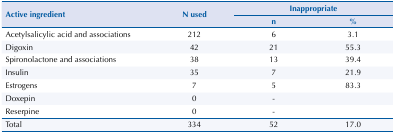
| <ROWSPAN=3> Active ingredient | <ROWSPAN=3> N used | <COLSPAN=2> Inappropriate |
 | n | % |
 | --- | --- | --- | --- |
 | Acetylsalicylic acid and associations | 212 | 6 | 3.1 |
 | Digoxin | 42 | 21 | 55.3 |
 | Spironolactone and associations | 38 | 13 | 39.4 |
 | Insulin | 35 | 7 | 21.9 |
 | Estrogens | 7 | 5 | 83.3 |
 | Doxepin | 0 | - |  |
 | Reserpine | 0 | - |  |
 | Total | 334 | 52 | 17.0 |